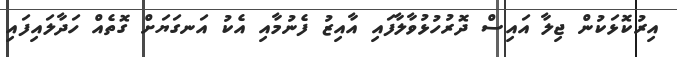
އިރުކޮޅަކުން ޖިލާ އައިސް ދޮރުހުޅުވާލާފައި އާއިޒު ފެނުމާއި އެކު އަނގަޔަށް ގޮތެއް ހަދާލައިފައި